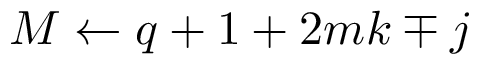
M \leftarrow q + 1 + 2 m k \mp j